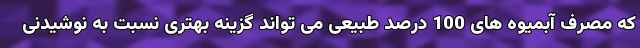
که مصرف آبمیوه های 100 درصد طبیعی می تواند گزینه بهتری نسبت به نوشیدنی